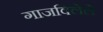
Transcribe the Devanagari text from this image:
गाजविलेले